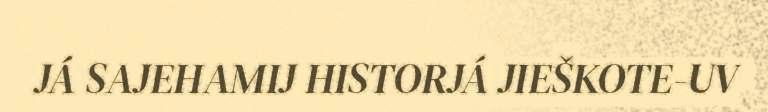
JÁ SAJEHAMIJ HISTORJÁ JIEŠKOTE-UV